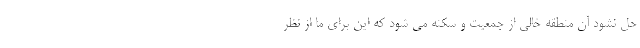
حل نشود آن منطقه خالی از جمعیت و سکنه می شود که این برای ما از نظر